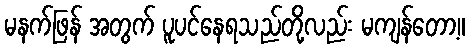
မနက်ဖြန် အတွက် ပူပင်နေရသည်တို့လည်း မကျန်တော့။